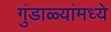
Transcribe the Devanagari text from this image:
गुंडाळ्यांमध्ये